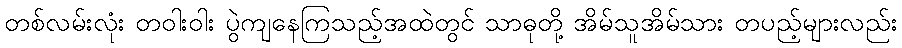
တစ်လမ်းလုံး တဝါးဝါး ပွဲကျနေကြသည့်အထဲတွင် သာဓုတို့ အိမ်သူအိမ်သား တပည့်များလည်း